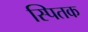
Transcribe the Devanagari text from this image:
स्पितक